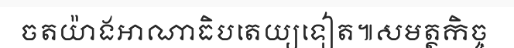
ចតយ៉ាងអាណាធិបតេយ្យទៀត៕សមត្ថកិច្ច